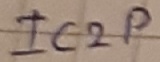
Text: ic2p